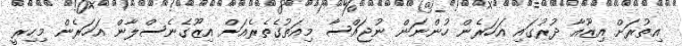
އިތުރަށް އިޒޫއާ ދުރުގައި އަހަރެން ހުންނަން ނުޖައްސާ މިއަތުގެތެރެއަށް އިޒޫގެނެސްލާން އަހަރެން މިހިރީ